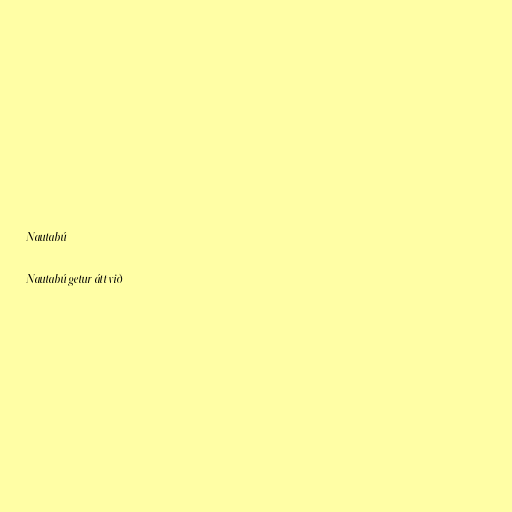
Nautabú

Nautabú getur átt við